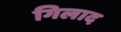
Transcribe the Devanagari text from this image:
गिलाद